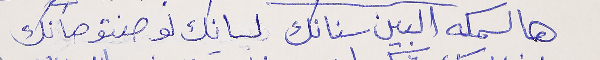
هالسمكه البين سنانك  لسانِك لو صنتو صانك